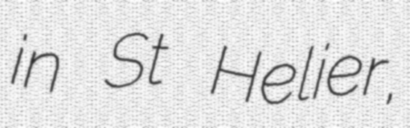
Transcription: in St Helier,